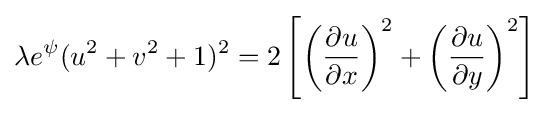
\lambda e^{\psi }(u^{2}+v^{2}+1)^{2}=2\left[\left({\frac {\partial u}{\partial x}}\right)^{2}+\left({\frac {\partial u}{\partial y}}\right)^{2}\right]